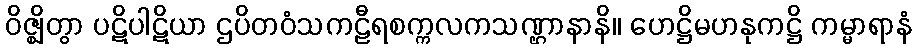
ဝိဇ္ဈိတွာ ပဋိပါဋိယာ ဌပိတဝံသကဠီရစက္ကလကသဏ္ဌာနာနိ။ ဟေဋ္ဌိမဟနုကဋ္ဌိ ကမ္မာရာနံ